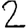
Digit: 2